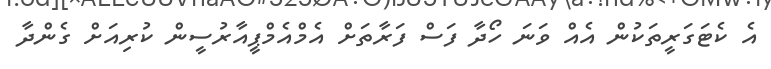
އެ ކެޓަގަރީތަކުން އެއްް ވަނަ ހޯދާ ފަސް ފަރާތަށް އެމްއެމްޕީއާރުސީން ކުރިއަށް ގެންދާ